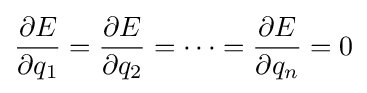
{\frac {\partial E}{\partial q_{1}}}={\frac {\partial E}{\partial q_{2}}}=\dots ={\frac {\partial E}{\partial q_{n}}}=0